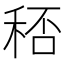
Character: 𥞶